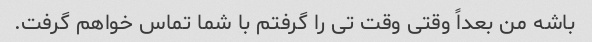
باشه من بعداً وقتی وقت تی را گرفتم با شما تماس خواهم گرفت.